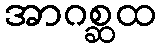
အာဂစ္ဆထ